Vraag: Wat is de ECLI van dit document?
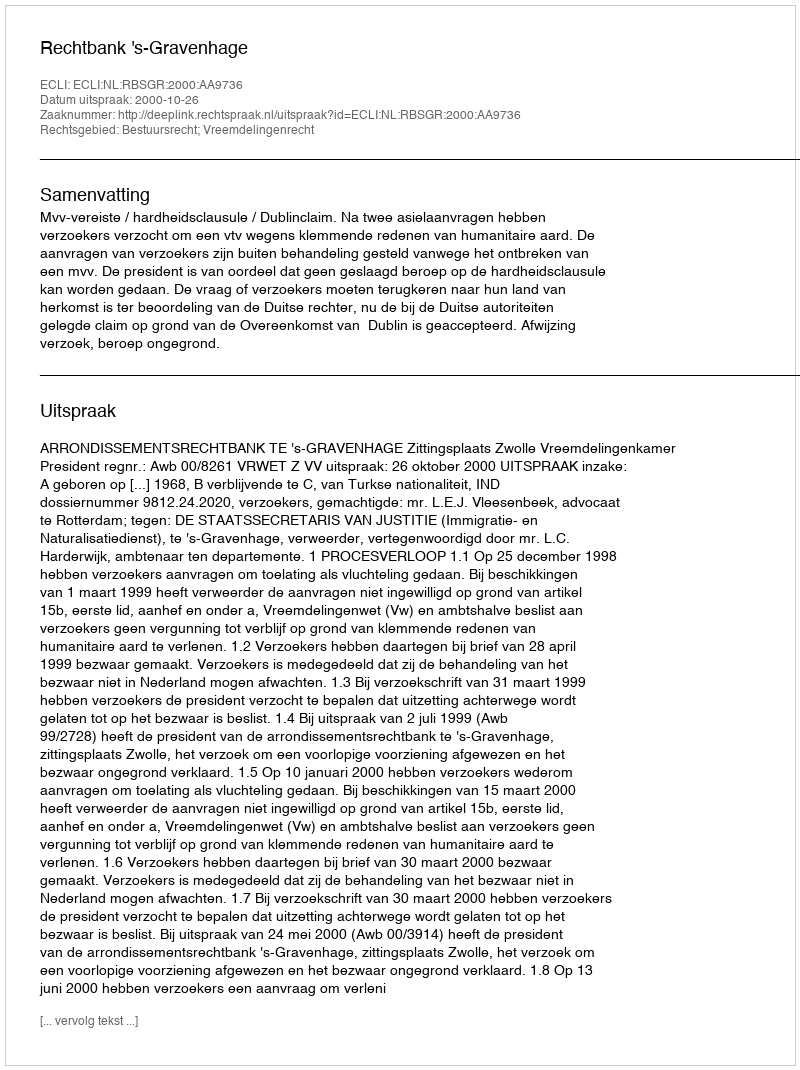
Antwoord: ECLI:NL:RBSGR:2000:AA9736